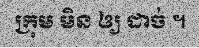
ក្រុម មិន ឲ្យ ដាច់ ។